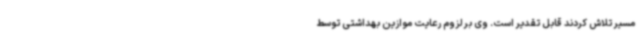
مسیر تلاش کردند قابل تقدیر است. وی بر لزوم رعایت موازین بهداشتی توسط